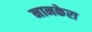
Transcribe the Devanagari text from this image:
नानकेरा